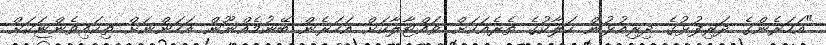
"އަހަރެންގެ ދަރިފުޅުގެ ދިރިއުޅުން ހަލާކުގެ ތެރެއަކަށް ވައްޓާލާކަށް އަހަރެން ބޭނުމެއްނޫން އަހަންނަށް ތިކައިވެންޏަކަށް